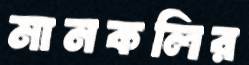
মানকলির